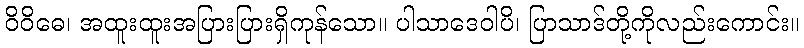
ဝိဝိဓေ၊ အထူးထူးအပြားပြားရှိကုန်သော။ ပါသာဒေဝါပိ၊ ပြာသာဒ်တို့ကိုလည်းကောင်း။